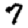
Digit: 7